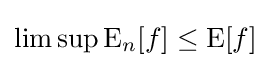
\limsup \operatorname {E} _{n}[f]\leq \operatorname {E} [f]